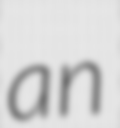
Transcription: an